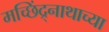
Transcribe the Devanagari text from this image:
मच्छिंद्र्नाथाच्या